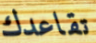
تقاعدك